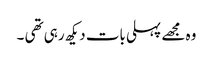
وہ مجھے پہلی بات دیکھ رہی تھی ۔